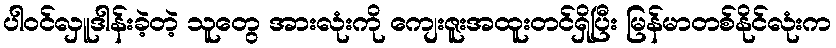
ပါဝင်လှူဒါန်းခဲ့တဲ့ သူတွေ အားလုံးကို ကျေးဇူးအထူးတင်ရှိပြီး မြန်မာတစ်နိုင်လုံးက